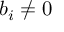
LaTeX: b _ { i } \neq 0